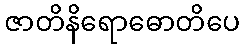
ဇာတိနိရောဓောတိပေ